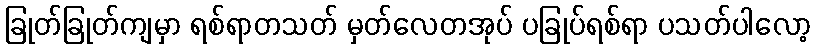
ခြုတ်ခြုတ်ကျမှာ ရစ်ရာတသတ် မှတ်လေတအုပ် ပခြုပ်ရစ်ရာ ပသတ်ပါလော့